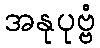
အနုပုဗ္ဗံ